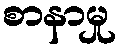
စာနာမှု